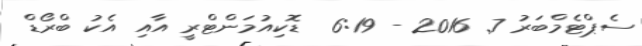
ސެޕްޓެމްބަރު 7